Indian Medical Review
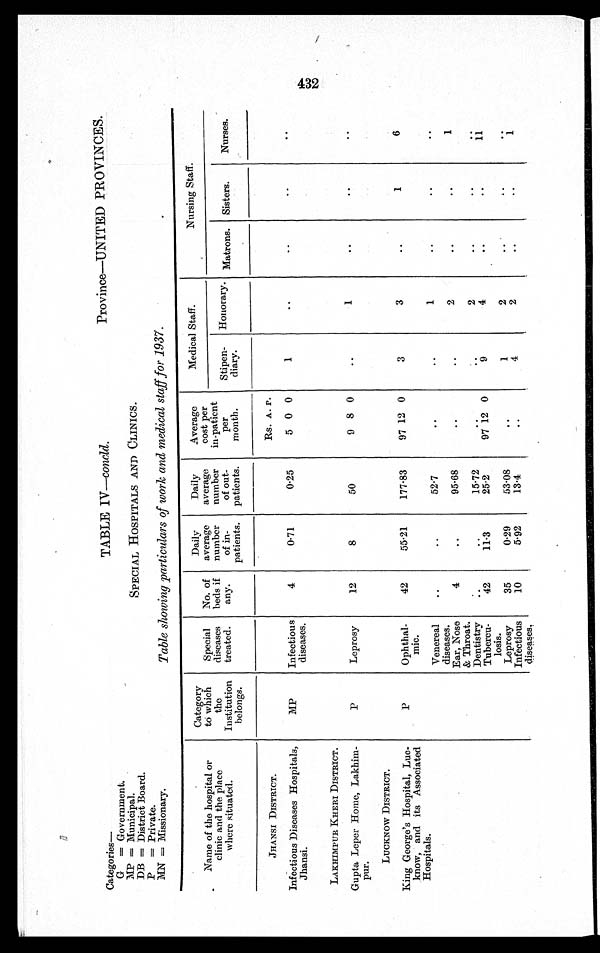
Province—UNITED PROVINCES.
Categories
—
G = Government.
MP = Municipal.
DB = District Board.
P = Private.
MN = Missionary.
TABLE IV—concld.
SPECIAL HOSPITALS AND CLINICS.
Table showing particulars of work and medical staff for 1937.
Name of the hospital or
clinic and the place
where situated.
Category
to which
the
Institution
belongs.
Special
diseases
treated.
No. of
beds if
any.
Daily
average
number
of in-
patients.
Daily
average
number
of out-
patients.
Average
cost per
in-patient
per
month.
Medical Staff.
Nursing Staff.
Nurses.
Stipen-
diary.
Honorary. Matrons. Sisters.
JHANSI DISTRICT.
Rs. A. P.
Infectious Diseases Hospitals,
Jhansi.
MP
Infectious
diseases.
4
0.71
0.25
5 0 0
1
. .
. .
. .
. .
LAKHIMPUR KHERI DISTRICT.
Gupta Leper Home, Lakhim-
pur.
P
Leprosy
12
8
50
9 8 0
..
1
. .
. .
. .
LUCKNOW DISTRICT.
King George's Hospital, Luc-
know, and its Associated
Hospitals.
P
Ophthal-
mic.
42
55.21
177.83
97 12 0
3
3
. .
1
6
Venereal
diseases.
. .
..
52.7
..
. .
1
. .
. .
. .
Ear, Nose
& Throat.
4
..
95.68
..
. .
2
..
. . 1
Dentistry
..
..
15.72
..
. .
2
..
. .
. .
Tubercu-
losis.
42
11.3
25.2
97 12 0
9
4
2
..
. . ii
Leprosy
35
0.29
53.08
. .
1
2
..
..
. .
Infectious
diseases.
10
5.92
13.4
..
4
2
..
. .
i
432